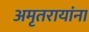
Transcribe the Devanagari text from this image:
अमृतरायांना